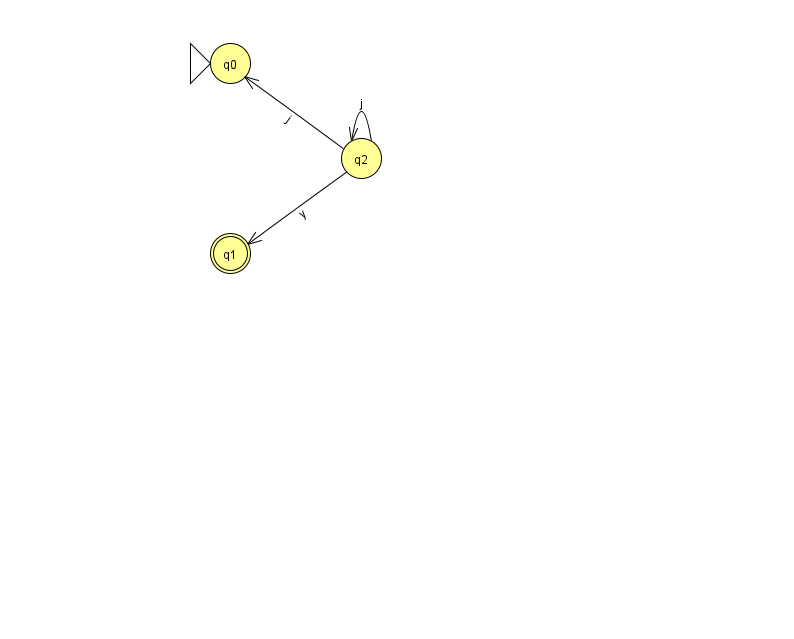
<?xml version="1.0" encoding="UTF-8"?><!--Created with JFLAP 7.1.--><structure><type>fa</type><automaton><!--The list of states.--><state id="0" name="q0"><x>230.0</x><y>50.0</y><initial/></state><state id="1" name="q1"><x>230.0</x><y>240.0</y><final/></state><state id="2" name="q2"><x>361.0</x><y>145.0</y></state><!--The list of transitions.--><transition><from>2</from><to>0</to><read>j</read></transition><transition><from>2</from><to>2</to><read>j</read></transition><transition><from>2</from><to>1</to><read>y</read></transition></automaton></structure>